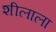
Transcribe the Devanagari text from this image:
शीलाला